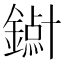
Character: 𱬥